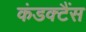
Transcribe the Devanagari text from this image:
कंडक्टैंस